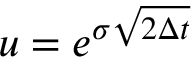
u = e ^ { \sigma { \sqrt { 2 \Delta t } } }